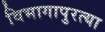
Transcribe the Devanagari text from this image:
विभागापुरत्या